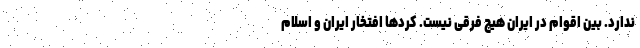
ندارد. بین اقوام در ایران هیچ فرقی نیست. کردها افتخار ایران و اسلام